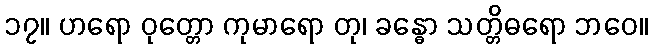
၁၇။ ဟရော ဝုတ္တော ကုမာရော တု၊ ခန္ဓော သတ္တိဓရော ဘဝေ။